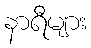
နာရီများ